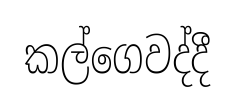
කල්ගෙවද්දී